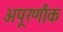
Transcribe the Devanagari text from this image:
अपूरर्णांक